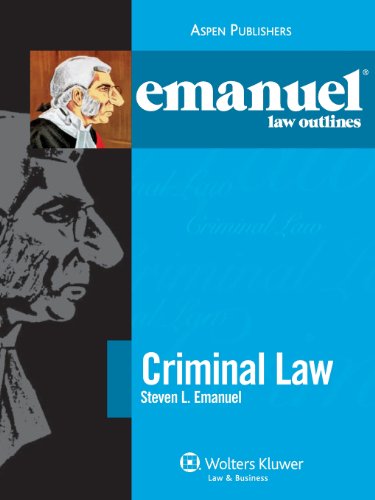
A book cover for Emanuel Law Outlines: Criminal Law; Steven L. Emanuel; Law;